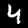
Label: 4